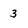
Character: 3